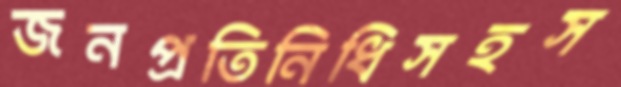
জনপ্রতিনিধিসহস